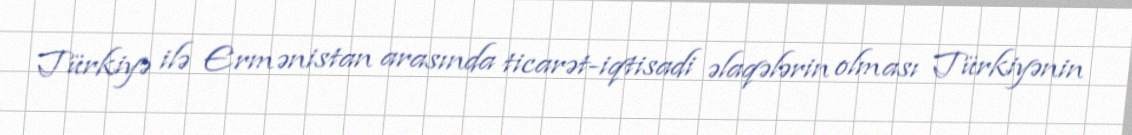
Türkiyə ilə Ermənistan arasında ticarət-iqtisadi əlaqələrin olması Türkiyənin